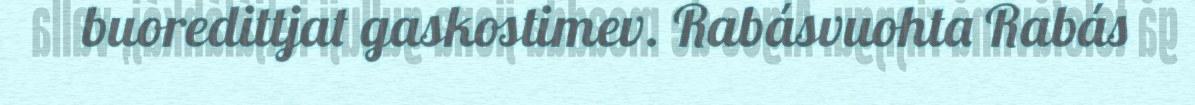
buoredittjat gaskostimev. Rabásvuohta Rabás